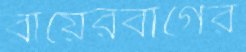
রায়েরবাগের